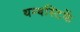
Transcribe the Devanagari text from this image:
थम्बस्टिकें